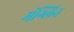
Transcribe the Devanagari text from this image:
मॅग्लिन